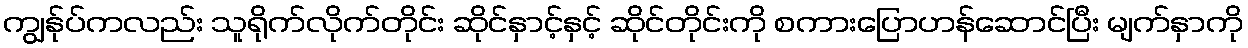
ကျွန်ုပ်ကလည်း သူရိုက်လိုက်တိုင်း ဆိုင်နှာင့်နှင့် ဆိုင်တိုင်းကို စကားပြောဟန်ဆောင်ပြီး မျက်နှာကို